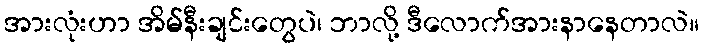
အားလုံးဟာ အိမ်နီးချင်းတွေပဲ၊ ဘာလို့ ဒီလောက်အားနာနေတာလဲ။